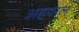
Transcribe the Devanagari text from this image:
अह्‌वाल